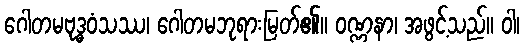
ဂေါတမဗုဒ္ဓဝံသဿ၊ ဂေါတမဘုရားမြတ်၏။ ဝဏ္ဏနာ၊ အဖွင့်သည်။ ဝါ၊